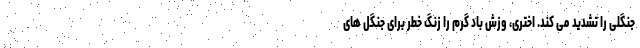
جنگلی را تشدید می کند. اختری، وزش باد گرم را زنگ خطر برای جنگل های